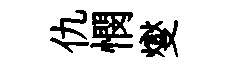
仇憫燮